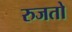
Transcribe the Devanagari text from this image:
रुजतो